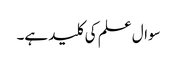
سوال علم کی کلید ہے۔